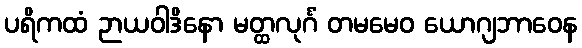
ပရိကထံ ဉာယဝါဒိနော မတ္ထလုင်္ဂံ တမမေဝ ယောဂျဘာဝေန